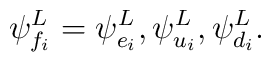
\psi^{L}_{f_i} = \psi^{L}_{e_i} ,\psi^{L}_{u_i} ,\psi^{L}_{d_i}\/.